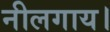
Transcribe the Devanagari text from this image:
नीलगाय।